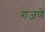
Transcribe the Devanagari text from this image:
गंजणे